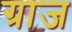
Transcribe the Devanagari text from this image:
ग्राज